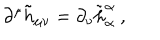
LaTeX: \partial ^ { \mu } \tilde { h } _ { \mu \nu } = \partial _ { \nu } \tilde { h } _ { \alpha } ^ { \alpha } \ ,